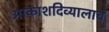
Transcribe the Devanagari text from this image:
आकाशदिव्यालाच